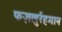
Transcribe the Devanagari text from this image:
फज़लुर्रहमान